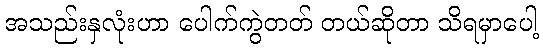
အသည်းနှလုံးဟာ ပေါက်ကွဲတတ် တယ်ဆိုတာ သိရမှာပေါ့